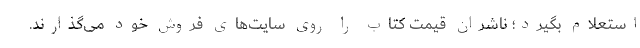
استعلام بگیرد؛ ناشران قیمت کتاب را روی سایت‌های فروش خود می‌گذارند.